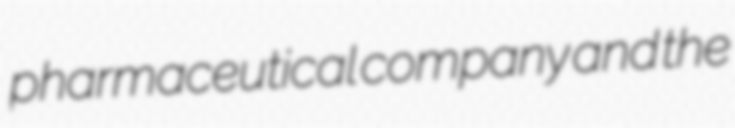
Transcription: pharmaceutical company and the